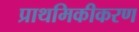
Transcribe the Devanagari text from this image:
प्राथमिकीकरण